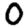
Digit: 0